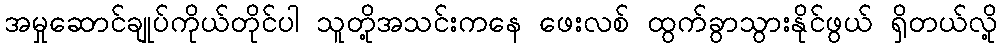
အမှုဆောင်ချုပ်ကိုယ်တိုင်ပါ သူတို့အသင်းကနေ ဖေးလစ် ထွက်ခွာသွားနိုင်ဖွယ် ရှိတယ်လို့